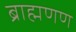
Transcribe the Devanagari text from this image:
ब्राह्मणण